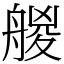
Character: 艐